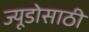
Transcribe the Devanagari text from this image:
ज्यूडोसाठी